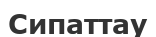
Сипаттау